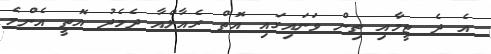
އެ ދެ ޓީމާއި ތިން ވަނައިގައި އޮތް ރެއާލްއާ ދެމެދު އޮތީ އެންމެ